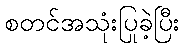
စတင်အသုံးပြုခဲ့ပြီး